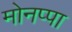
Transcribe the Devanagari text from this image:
मोनप्पा